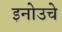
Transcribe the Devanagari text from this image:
इनोउचे